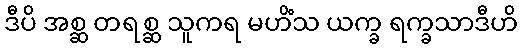
ဒီပိ အစ္ဆ တရစ္ဆ သူကရ မဟိံသ ယက္ခ ရက္ခသာဒီဟိ